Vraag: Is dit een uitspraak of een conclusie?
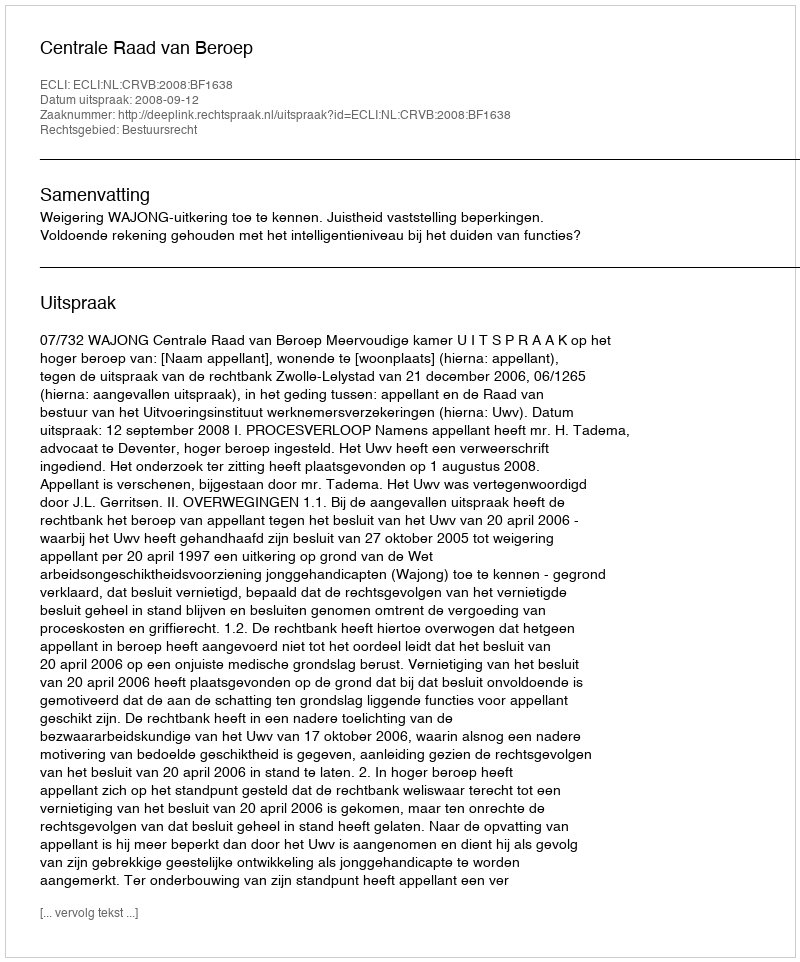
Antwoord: Uitspraak